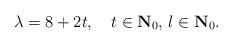
LaTeX: \begin{align*}\lambda = 8 +2t, \quad t \in {\bf{N}}_0, \, l \in {\bf{N}}_0.\end{align*}